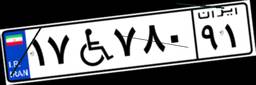
۱۷W۷۸۰۹۱